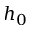
h _ { 0 }